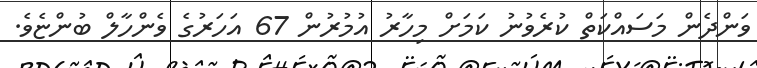
ވަންދެން މަސައްކަތް ކުރެވުނު ކަމަށް މިހާރު އުމުރުން 67 އަހަރުގެ ވެންހާލް ބުންޏެވެ.